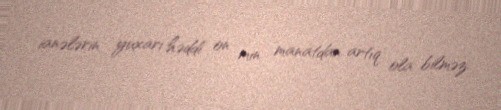
ianələrin yuxarı həddi on min manatdan artıq ola bilməz.